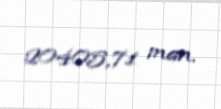
20405,71 man.